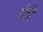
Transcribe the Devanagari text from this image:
गंडी